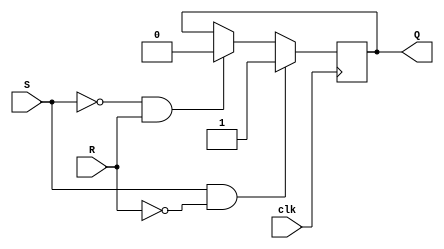
module sr_flip_flop(
    input S,
    input R,
    input clk,
    output reg Q
);

always @(posedge clk) begin
    if (S && ~R) begin
        Q <= 1;
    end else if (~S && R) begin
        Q <= 0;
    end else begin
        Q <= Q;
    end
end

endmodule